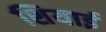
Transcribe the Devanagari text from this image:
शियाई